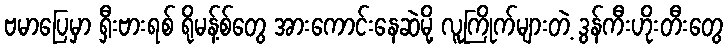
ဗမာပြေမှာ ရှီးဗားရစ် ရိုမန့်စ်တွေ အားကောင်းနေဆဲမို့ လူကြိုက်များတဲ့ ဒွန်ကီးဟိုးတီးတွေ